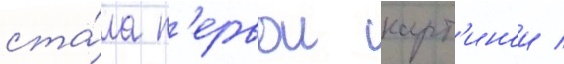
ста́ла п'ервои карт'инои /